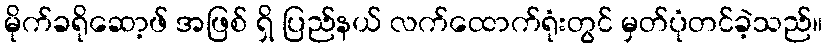
မိုက်ခရိုဆော့ဖ် အဖြစ် ရှိ ပြည်နယ် လက်ထောက်ရုံးတွင် မှတ်ပုံတင်ခဲ့သည်။